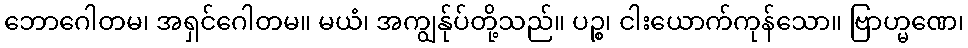
ဘောဂေါတမ၊ အရှင်ဂေါတမ။ မယံ၊ အကျွန်ုပ်တို့သည်။ ပဉ္စ၊ ငါးယောက်ကုန်သော။ ဗြာဟ္မဏေ၊